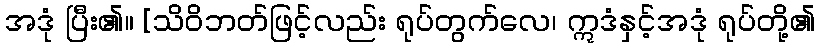
အဒုံ ပြီး၏။ [သိဝိဘတ်ဖြင့်လည်း ရုပ်တွက်လေ၊ ဣဒံနှင့်အဒုံ ရုပ်တို့၏